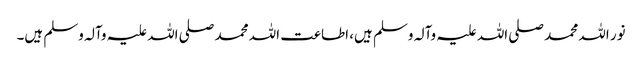
نور اللہ محمد صلی اللہ علیہ وآلہ وسلم ہیں، اطاعت اللہ محمد صلی اللہ علیہ وآلہ وسلم ہیں۔